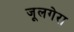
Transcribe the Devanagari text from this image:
जूलगेरा